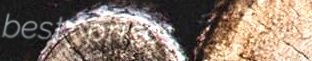
best prices